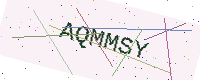
Text: AQMMSY